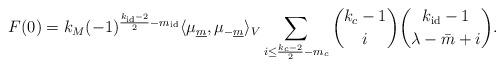
LaTeX: \begin{align*}F(0)=k_M(-1)^{\frac{k_{\rm id}-2}{2}-m_{\rm id}}\langle \mu_{\underline{m}},\mu_{-\underline{m}}\rangle_V\sum_{i\leq \frac{k_c-2}{2}-m_c}\binom{k_c-1}{i}\binom{k_{\rm id}-1}{\lambda-\bar m+i}.\end{align*}